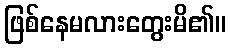
ဖြစ်နေမလားတွေးမိ၏။